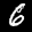
Label: 6